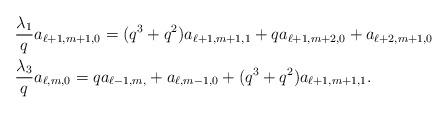
LaTeX: \begin{align*} &\frac{\lambda_1}{q}a_{\ell+1,m+1,0}=(q^3+q^2)a_{\ell+1,m+1,1}+qa_{\ell+1,m+2,0}+a_{\ell+2,m+1,0}\\ &\frac{\lambda_3}{q}a_{\ell,m,0}=qa_{\ell-1,m,}+a_{\ell,m-1,0}+(q^3+q^2)a_{\ell+1,m+1,1}. \end{align*}